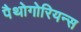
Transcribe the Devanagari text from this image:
पैथोगोरियन्स